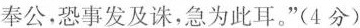
奉公，恐事发及诛，急为此耳。”(4分)